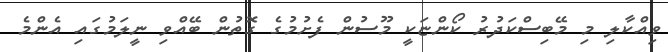
ވިއްކާލި މި މޭބިސްކަދުރު ކޯންޏަކީ މޫސުން ފެށުމުގެ ގޮތުން ބޭއްވި ނީލަމުގައި އެންމެ